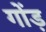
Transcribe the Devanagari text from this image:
गोंड़